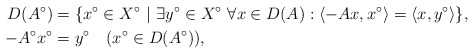
\begin{align*}D(A^{\circ}) & = \{x^{\circ}\in X^{\circ}\ |\ \exists y^{\circ}\in X^{\circ}\ \forall x\in D(A): \langle -Ax,x^{\circ} \rangle=\langle x,y^{\circ} \rangle\},\\ -A^{\circ}x^{\circ}& = y^{\circ} \quad(x^{\circ}\in D(A^{\circ})),\end{align*}